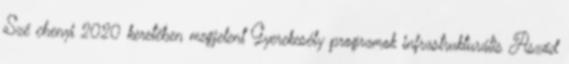
Szé chenyi 2020 keretében megjelent Gyerekesély programok infrastrukturális Aszód